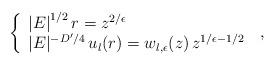
LaTeX: \begin{align*}\left\{ \begin{array}{l} \left| E \right|^{1/2} r= z^{ 2/\epsilon} \\ |E|^{-D^{\prime}/4} \, u_{l}(r) = w_{l,\epsilon} (z) \, z^{ 1/\epsilon - 1/2 } \end{array} \right. \; ,\end{align*}